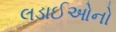
લડાઈઓનો